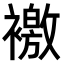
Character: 𧝳